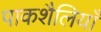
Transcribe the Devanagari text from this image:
पाकशैलियाँ